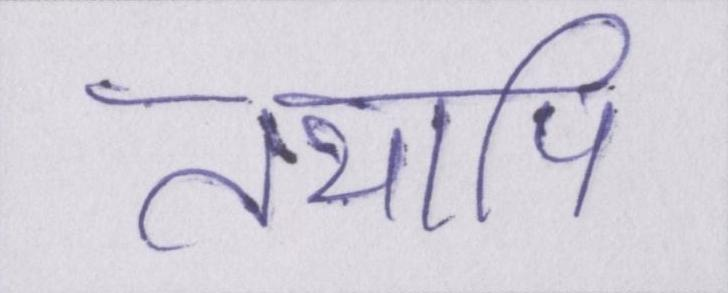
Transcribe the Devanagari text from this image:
तथापि